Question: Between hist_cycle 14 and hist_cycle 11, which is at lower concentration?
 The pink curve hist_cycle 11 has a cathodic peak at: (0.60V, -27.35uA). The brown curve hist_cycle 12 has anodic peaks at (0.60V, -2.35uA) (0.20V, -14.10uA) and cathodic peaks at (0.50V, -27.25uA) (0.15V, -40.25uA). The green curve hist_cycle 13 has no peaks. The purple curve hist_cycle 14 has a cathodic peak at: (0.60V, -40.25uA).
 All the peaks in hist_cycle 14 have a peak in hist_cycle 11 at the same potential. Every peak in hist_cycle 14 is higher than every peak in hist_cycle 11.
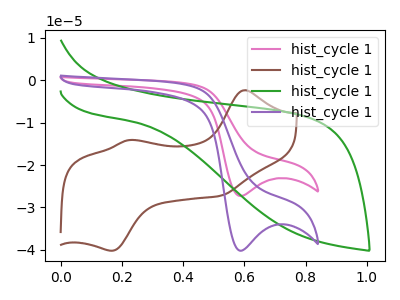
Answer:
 <answer>"hist_cycle 14" has more signal than "hist_cycle 11" and so likely has a higher concentration.</answer>
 <eval>more_concentration</eval>